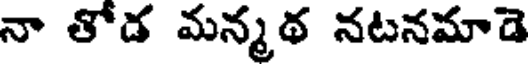
నా తోడ మన్మథ నటనమాడె